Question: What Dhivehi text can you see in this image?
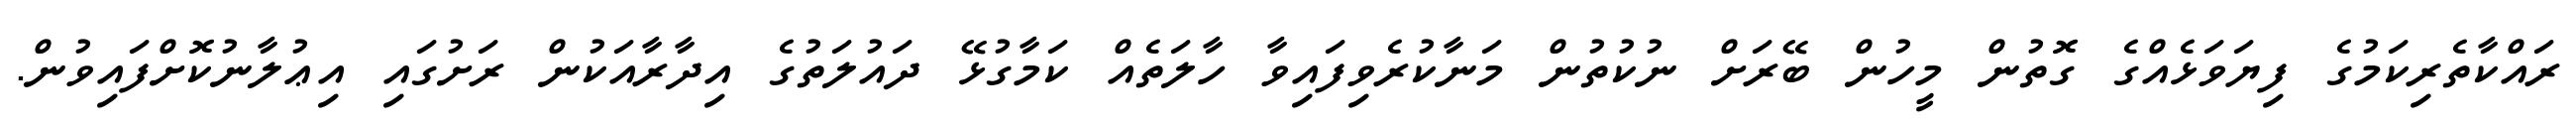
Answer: ރައްކާތެރިކަމުގެ ފިޔަވަޅެއްގެ ގޮތުން މީހުން ބޭރަށް ނުކުތުން މަނާކުރެވިފައިވާ ހާލަތެއް ކަމާގުޅޭ ދައުލަތުގެ އިދާރާއަކުން ރަށުގައި އިޢުލާނުކޮށްފައިވުން.